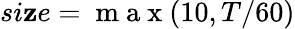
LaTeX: si\mathbf{z}e=\mathrm{{~m~a~x~}}(10,T/60)